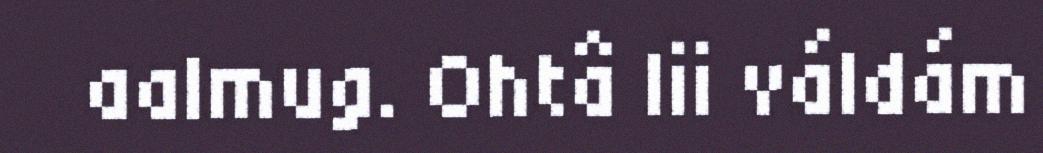
aalmug. Ohtâ lii váldám